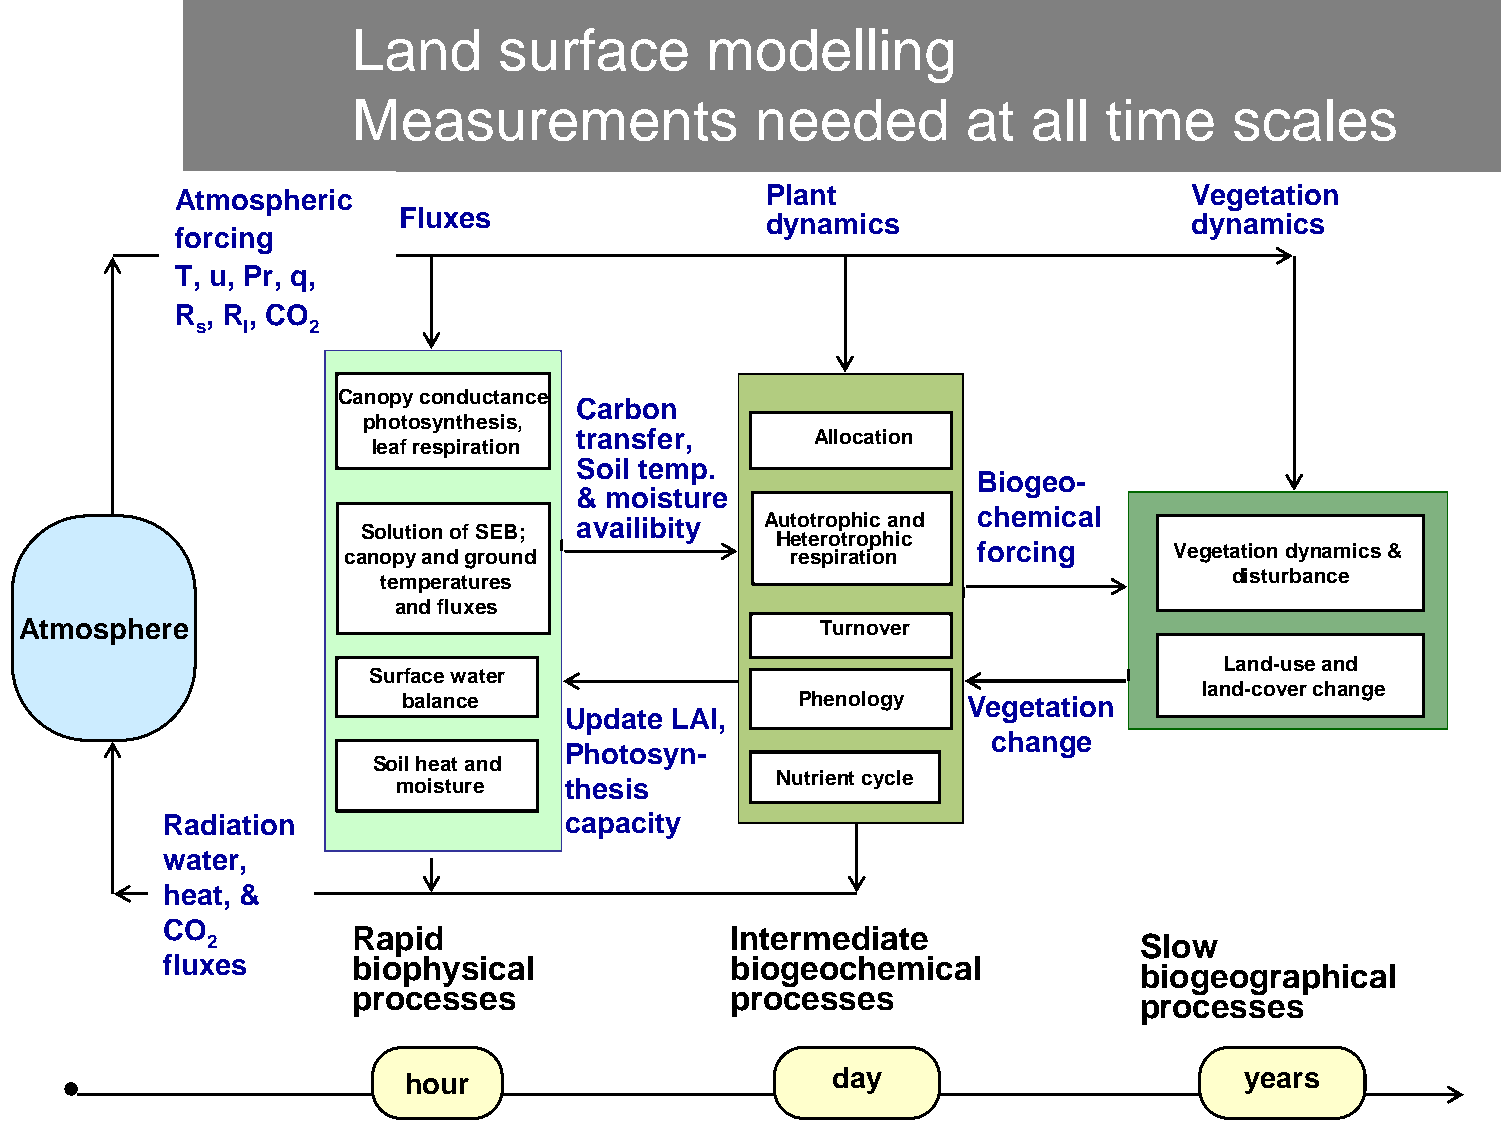
Land      surface       modelling
 Measurements               needed        at  all  time     scales
 Atmospheric                            Plant                       Vegetation
 Fluxes                   dynamics                    dynamics
 forcing
 T, u, Pr, q,
 R , R, CO
 s  l   2
 Canopy conductance
 Carbon
 photosynthesis,
 transfer,       Allocation
 leaf respiration
 Soil temp.
 Biogeo-
 & moisture
 availibity  Autotrophic and chemical
 Solution of SEB;
 Heterotrophic
 canopy and ground            respiration  forcing      Vegetation dynamics &
 temperatures                                            disturbance
 and fluxes
 Atmosphere                                           Turnover
 Land-use and
 Surface water
 land-cover change
 balance                   Phenology  Vegetation
 Update LAI,
 change
 Photosyn-
 Soil heat and
 Nutrient cycle
 moisture   thesis
 Radiation                 capacity
 water,
 heat, &
 CO
 Rapid                    Intermediate
 2                                                            Slow
 fluxes      biophysical              biogeochemical
 biogeographical
 processes                processes
 processes
 hour                        day                        years